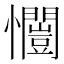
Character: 𭟥